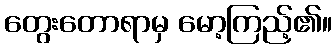
တွေးတောရာမှ မော့ကြည့်၏။